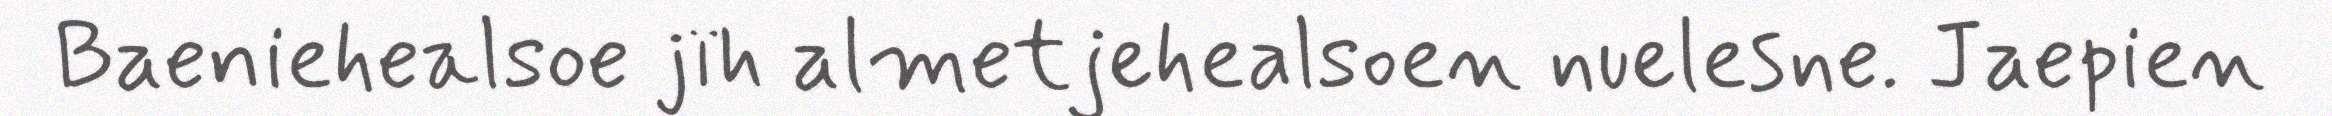
Baeniehealsoe jïh almetjehealsoen nuelesne. Jaepien